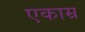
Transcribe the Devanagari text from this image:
एकाम्र